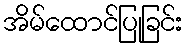
အိမ်ထောင်ပြုခြင်း